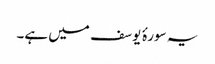
یہ سورۂ یوسف میں ہے۔